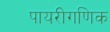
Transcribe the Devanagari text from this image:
पायरीगणिक